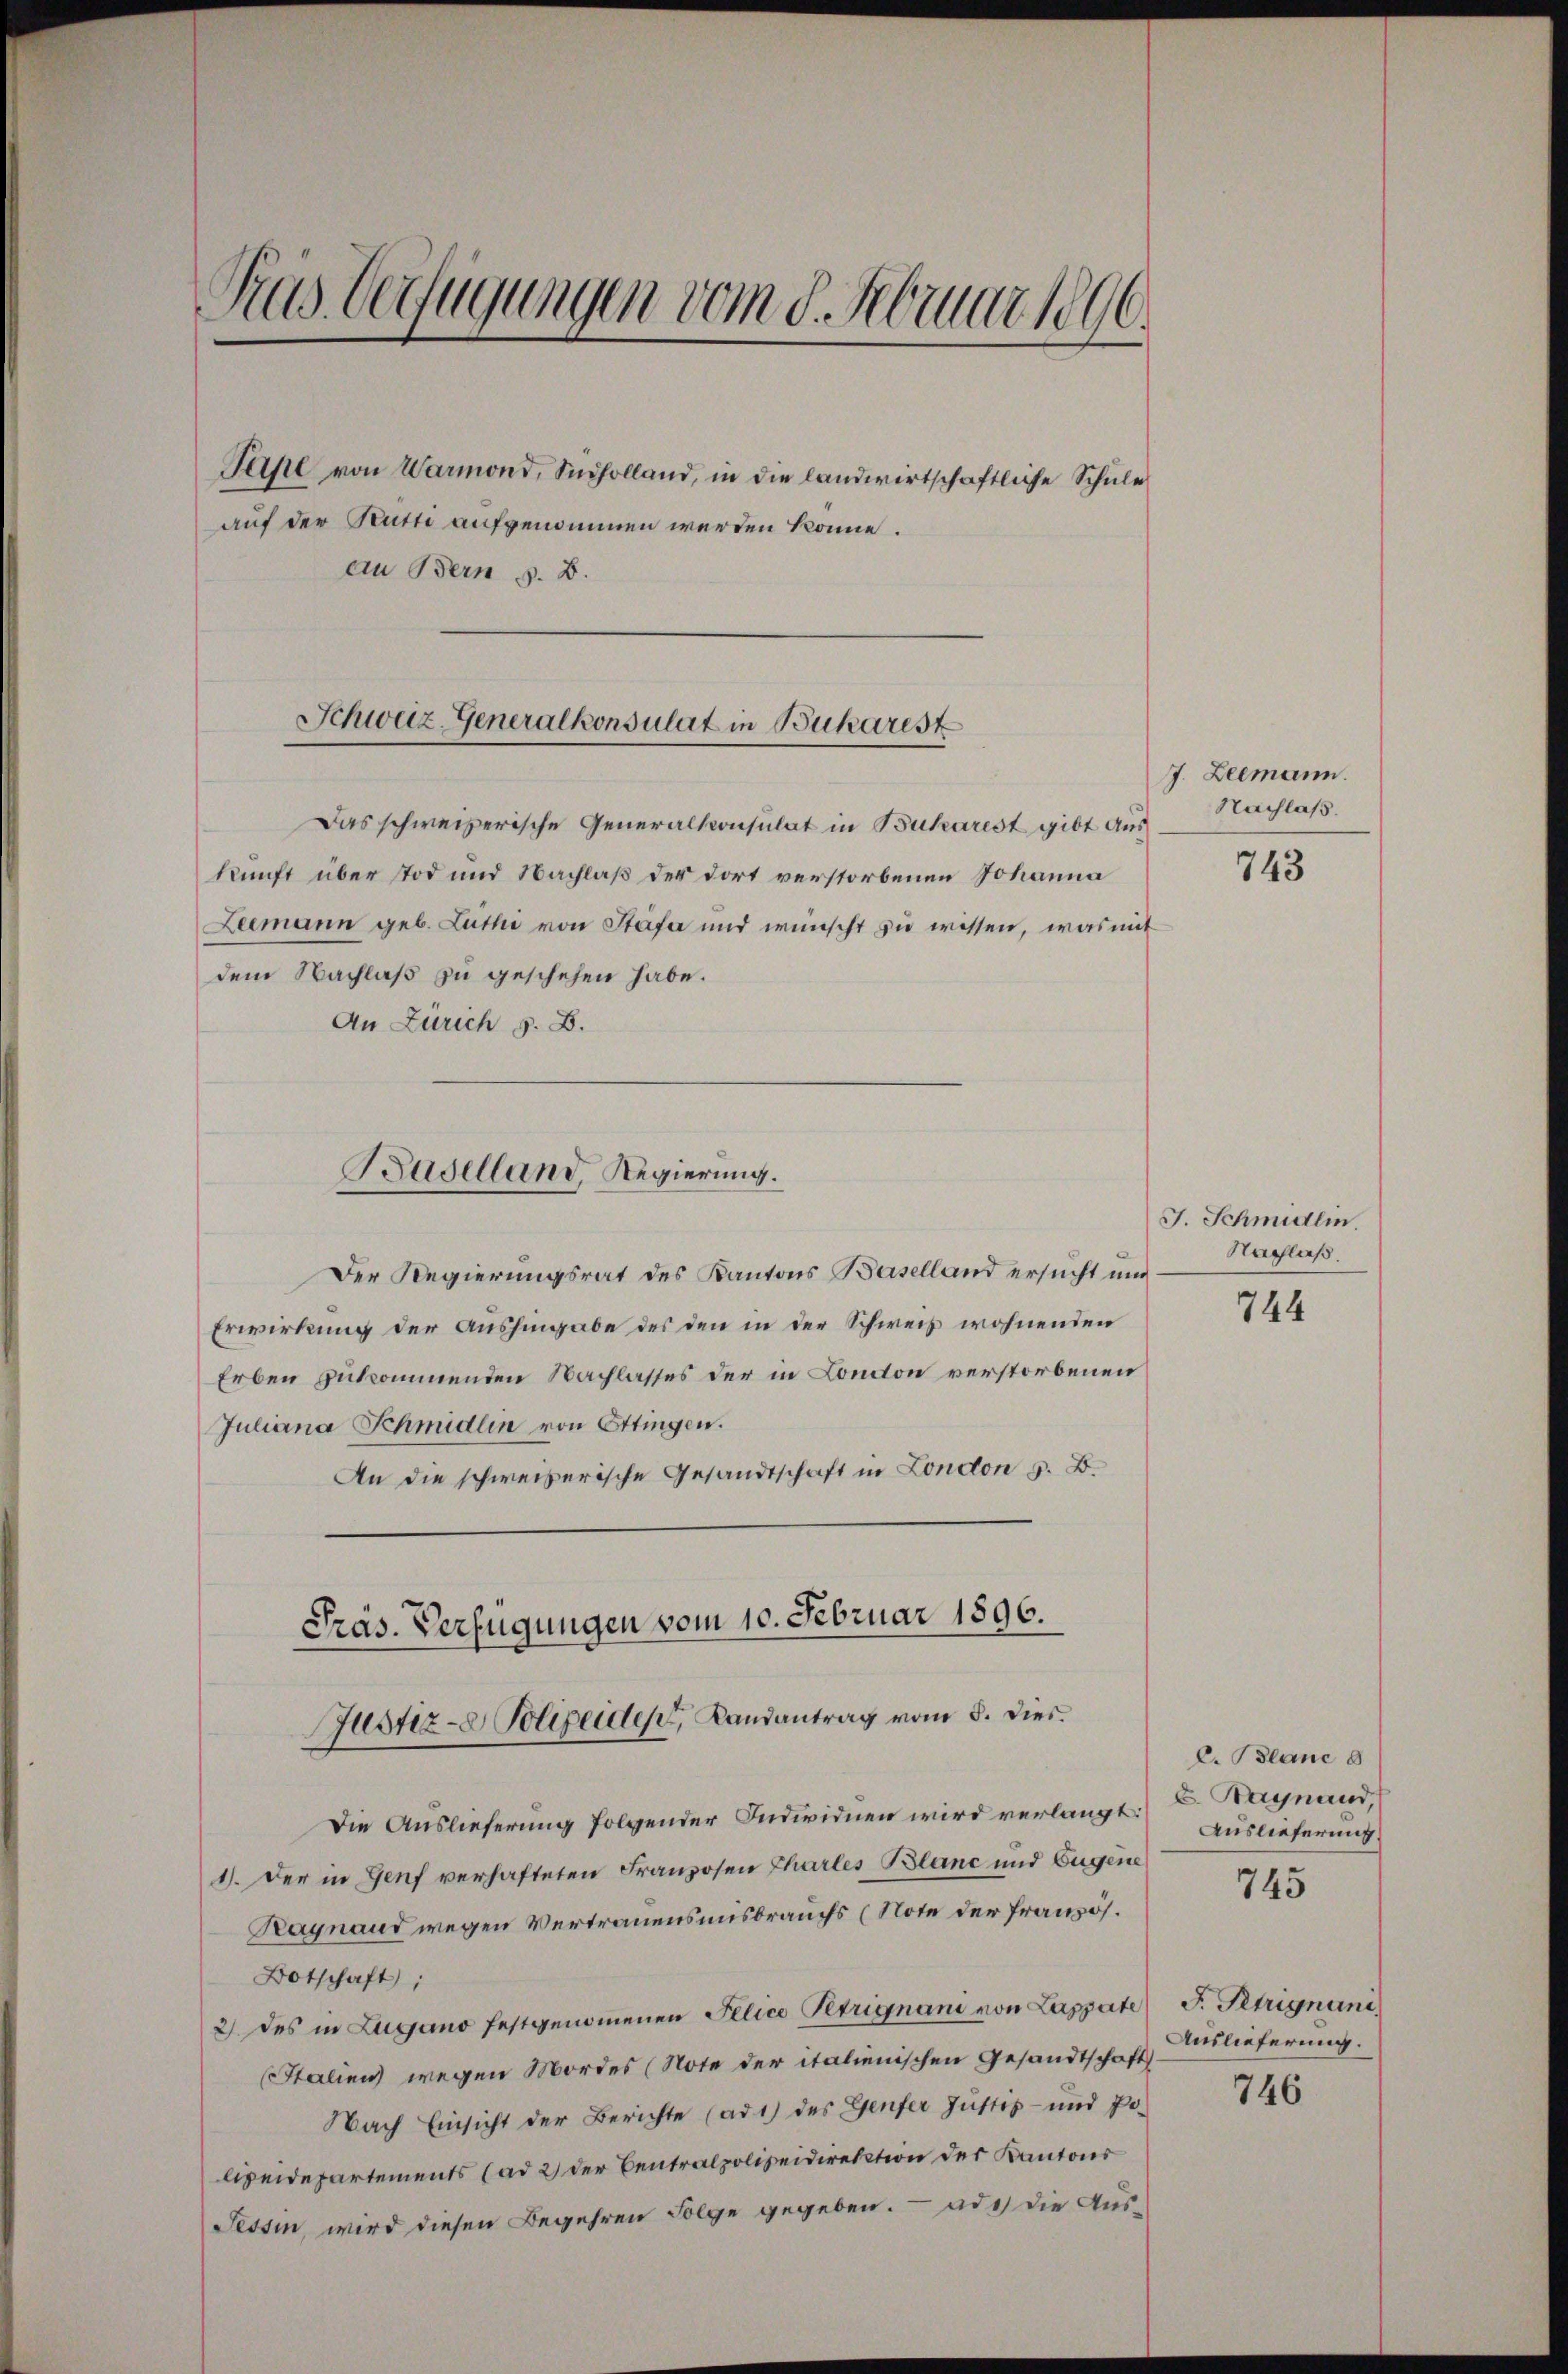
Gras Verfügungen vom 8. Februar 1890.
Fahl von Warmond, Scholland, in die landwirtschaftliche Schule
auf der Kutti aufgenommen werden könne.
an Bern s. B.
Schweiz. Generalkonsulat in Bucharest

Das schweizerische Generalkonsulat in Bucharest gibt aus
kunft über Tod und Nachlaß der dort verstorbenen Johanna
Leemann geb. Lŭthi von Stäfa und wünscht zŭ wissen, was mit
dem Nachlaß zu geschehen habe.
An Zürich z. B.
Der Regierungsrat des Kantons Baselland ersucht und
Erwirkung der Aushingabe des den in der Schweiz wohnenden
Erben zukommenden Nachlasses der in London verstorbenen
Juliana Schmidlin von Ettingen.
An die schweizerische Gesandtschaft in London 5. B.
Präs. Verfügungen vom 10. Februar 1896.
Justiz- & Polizeides, Landantrag vom 8. Dies
Die Auslieferung folgender Individuen wird verlangt E. Hagnand,
1). Der in Genf verhafteten Franzosen Tharles Blanc und Eugene
Kaynaud wegen Vertrauensmisbrauchs (Note der französ.
Botschaft;
2) des in Lugano festgenommenen Illico Petrignani von Lassate
Stalien wegen Mordes (Note der italienischen Gesandtschaft Anlieferung.
Nach Einsicht der Berichte (ad 1) des Genfer Justiz- und Polizeidepartements (ad 2) der Centralpolizeidirektion der Kantons
Tessin, wird diesen Begehren Folge gegeben. ad c) die Aus-

Baselland, Regierung.

J. Leemann.
Nachlaß.

743

J. Schmidlin.
Nachlaß.

744

C. Blanc 8
Auslieferung
745

F. Petrignuni.
746